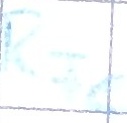
Text: RFe